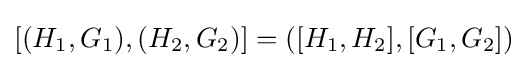
[(H_{1},G_{1}),(H_{2},G_{2})]=([H_{1},H_{2}],[G_{1},G_{2}])